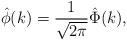
LaTeX: \begin{align*}\hat{\phi}(k) = \frac{1}{\sqrt{2\pi}} \hat\Phi(k),\end{align*}